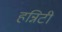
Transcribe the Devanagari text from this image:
हन्निटी